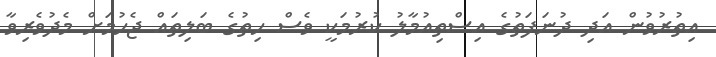
އިތުރުވުން އަދި ދުނަފަތުގެ އިސްތިއުމާލު ކުރުމަކީ ވެސް ހިތުގެ ބަލިތައް ޖެހުމަށް މެދުވެރިވާ